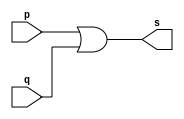
// --------------------------
// Exemplo0004 - OR
// Nome: Isabel Bicalho Amaro
// --------------------------
 
 
// --------------------------
// -- or gate
// --------------------------
module orgate(output s,input p,q);
 assign s=p|q;
endmodule // orgate
 

// --------------------------
// -- test or gate
// --------------------------
module testorgate;

// -------------------------- dados locais
 reg  a,b; // definir registradores
 wire s;   // definir conexao(fio)
 
// -------------------------- instancia
orgate OR1 (s,a,b);

// -------------------------- preparacao
 initial begin:start
              // atribuicao simultanea
				  // dos valores iniciais
 a=0; b=0;
 end
 
// -------------------------- parte principal
initial begin
    $display("Exemplo0004 - Isabel Bicalho Amaro");
	 $display("Test OR gate");
	 $display("\na | b = s\n");
	   a=0; b=0;
#1  $display("%b | %b = %b",a,b,s);
	   a=0; b=1;
#1  $display("%b | %b = %b",a,b,s);
	   a=1; b=0;
#1  $display("%b | %b = %b",a,b,s);
	   a=1; b=1;
#1  $display("%b | %b = %b",a,b,s);
	 end
	 
endmodule // testorgate

 // -------------------
 // -- Testes
 // -------------------
 
// --  Exemplo0001 - Isabel Bicalho Amaro - 451580
// --  Test buffer:
// --  	    time	      a = s
// --                0	x = x
// --                1	1 = 1
// --                3	0 = 0


// --  Exemplo0002 - Isabel Bicalho Amaro - 451580
// --  Test NOT gate
// --      
// --  ~a = s
// --     
// --  ~0 = 1
// --  ~1 = 0


// --  Exemplo0003 - Isabel Bicalho Amaro
// --  Test AND gate
// --   
// --  a & b = s
// --    
// --  0 & 0 = 0
// --  0 & 1 = 0
// --  1 & 0 = 0
// --  1 & 1 = 1


// --  Exemplo0004 - Isabel Bicalho Amaro
// --  Test OR gate
// --    
// --  a | b = s
// --    
// --  0 | 0 = 0
// --  0 | 1 = 1
// --  1 | 0 = 1
// --  1 | 1 = 1